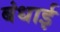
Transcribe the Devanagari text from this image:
बंधाई